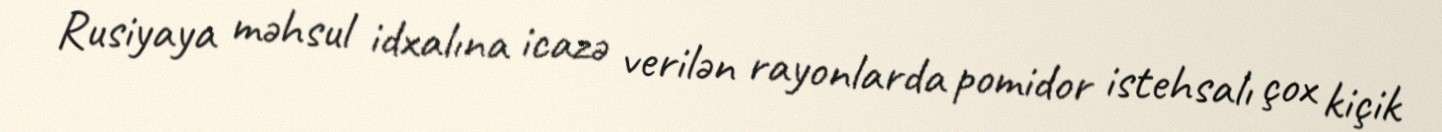
Rusiyaya məhsul idxalına icazə verilən rayonlarda pomidor istehsalı çox kiçik